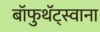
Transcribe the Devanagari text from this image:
बॉफुथॅट्स्वाना